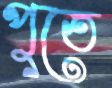
পুতে